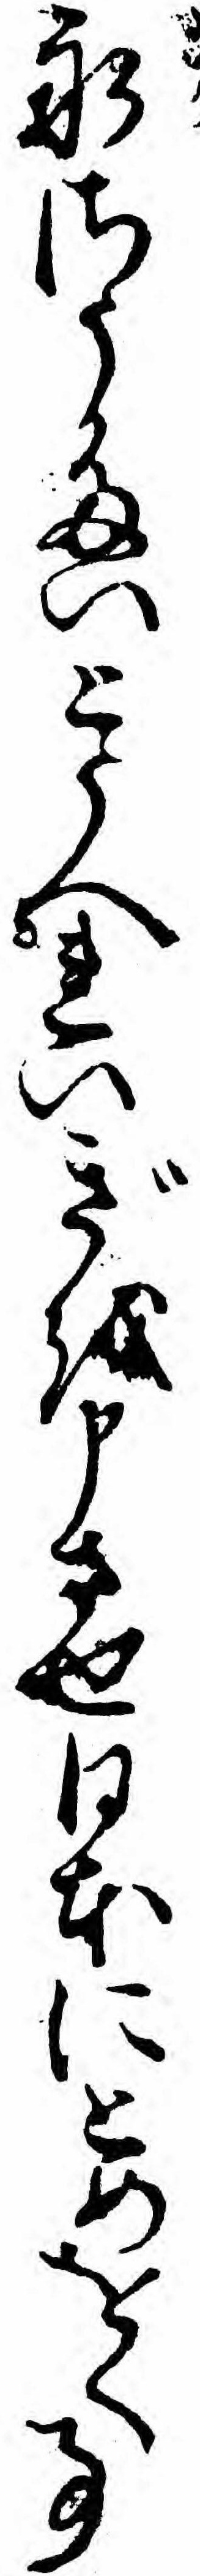
永さうたいとうへれいぎを申させ日本にとめをく事